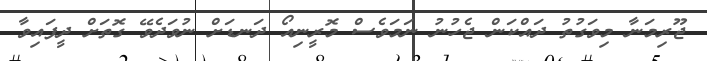
ޖޫރިމަނާ މިވަގުތު ދައްކަން ޖެހުނު ނަމަވެސް މޮރީނިއޯ ދަނޑަށް ނުވަދެވޭ ގޮތަށް ދީފައިވާ